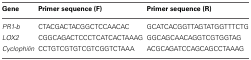
| Gene | Primer sequence (F) | Primer sequence (R) |
 | --- | --- | --- |
 | PR1-b | CTACGACTACGGCTCCAACAC | GCATCACGGTTAGTATGGTTTCTG |
 | LOX2 | CGGCAGACTCCCTCATCACTAAAG | GGCAGCAACAGGTCGTGGTAG |
 | Cyclophilin | CCTGTCGTGTCGTCGGTCTAAA | ACGCAGATCCAGCAGCCTAAAG |